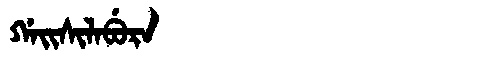
Manchu: ᡤᠠᡳᠰᡳᠯᠠᠪᡠᡵᠠ
Romanization: GAISILABURA